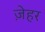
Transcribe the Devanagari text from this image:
ज़ेहर